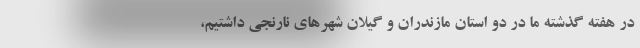
در هفته گذشته ما در دو استان مازندران و گیلان شهرهای نارنجی داشتیم،